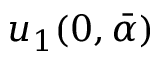
u _ { 1 } ( 0 , \bar { \alpha } )